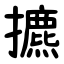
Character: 㩠